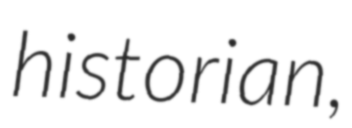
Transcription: historian,